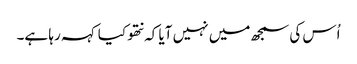
اُس کی سمجھ میں نہیں آیا کہ نتھو کیا کہہ رہا ہے۔